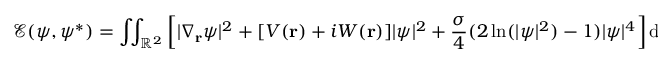
\mathcal { E } ( \psi , \psi ^ { \ast } ) = \int \! \! \int _ { \mathbb { R } ^ { 2 } } \left[ | \nabla _ { \mathbf { r } } \psi | ^ { 2 } + [ V ( { \mathbf { r } } ) + i W ( { \mathbf { r } } ) ] | \psi | ^ { 2 } + \frac { \sigma } { 4 } ( 2 \ln ( | \psi | ^ { 2 } ) - 1 ) | \psi | ^ { 4 } \right] \mathrm { d } ^ { 2 } { \mathbf { r } } .